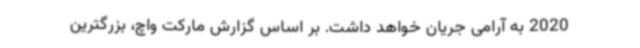
2020 به آرامی جریان خواهد داشت. بر اساس گزارش مارکت واچ، بزرگترین